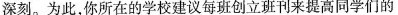
深刻。为此，你所在的学校建议每班创立班刊来提高同学们的